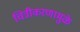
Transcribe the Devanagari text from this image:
चित्रीकरणामुळे